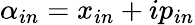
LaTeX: \alpha_{in}=x_{in}+ip_{in}